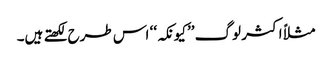
مثلاً اکثر لوگ ’’کیونکہ‘‘ اس طرح لکھتے ہیں۔